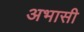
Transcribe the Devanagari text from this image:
अभासी